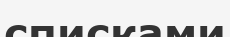
списками